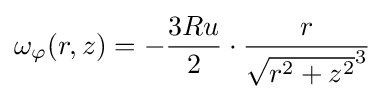
\omega _{\varphi }(r,z)=-{\frac {3Ru}{2}}\cdot {\frac {r}{{\sqrt {r^{2}+z^{2}}}^{3}}}